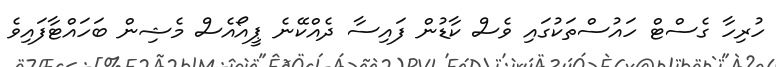
ހުރިހާ ގެސްޓް ހައުސްތަކުގައި ވެސް ކާޑުން ފައިސާ ދެއްކޭނެ ޕީއޯއެސް މެޝިން ބަހައްޓާފައިވެ